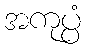
အကုပ္ပံ